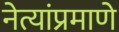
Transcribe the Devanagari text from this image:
नेत्यांप्रमाणे